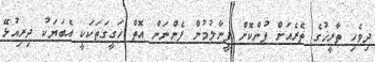
ދިވެހި ތާރީޚުގެ ތެރެއަށް ފުންކޮށް ފީނާލުމުން ފެންނަން އޮތް ހަގީގަތަކަކީ އެބަޔަކު ދިރިއުޅޭ